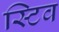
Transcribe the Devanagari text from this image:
स्टिव